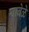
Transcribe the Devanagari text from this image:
यावेळे